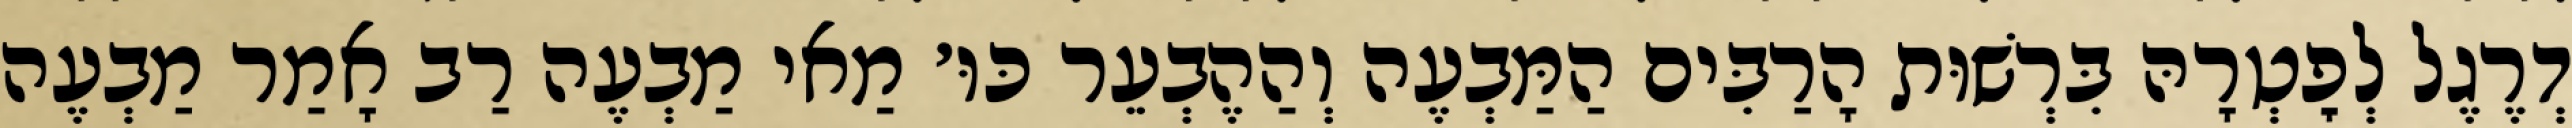
דְרֶגֶל לְפׇטְרָהּ בִּרְשׁוּת הָרַבִּים הַמַּבְעֶה וְהַהֶבְעֵר כּוּ׳ מַאי מַבְעֶה רַב אָמַר מַבְעֶה